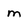
Character: m